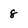
Character: 8